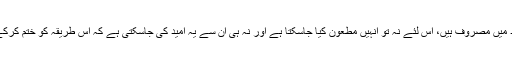
عمران خان چونکہ اس دوڑ میں اکیلے نہیں ہیں بلکہ مختلف پارٹیوں میں مختلف چہرے اسی جد و جہد میں مصروف ہیں، اس لئے نہ تو انہیں مطعون کیا جاسکتا ہے اور نہ ہی ان سے یہ امید کی جاسکتی ہے کہ اس طریقہ کو ختم کرکے کسی طرح ملک میں پارلیمانی برتری اور سیاسی قیادت کو باختیار کرنے کے لئے کام کیا جائے۔